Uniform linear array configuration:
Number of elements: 8
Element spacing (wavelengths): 0.25
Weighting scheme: cosine
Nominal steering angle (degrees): -30
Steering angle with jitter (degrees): -31.849
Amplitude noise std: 0.05
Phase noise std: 0.05

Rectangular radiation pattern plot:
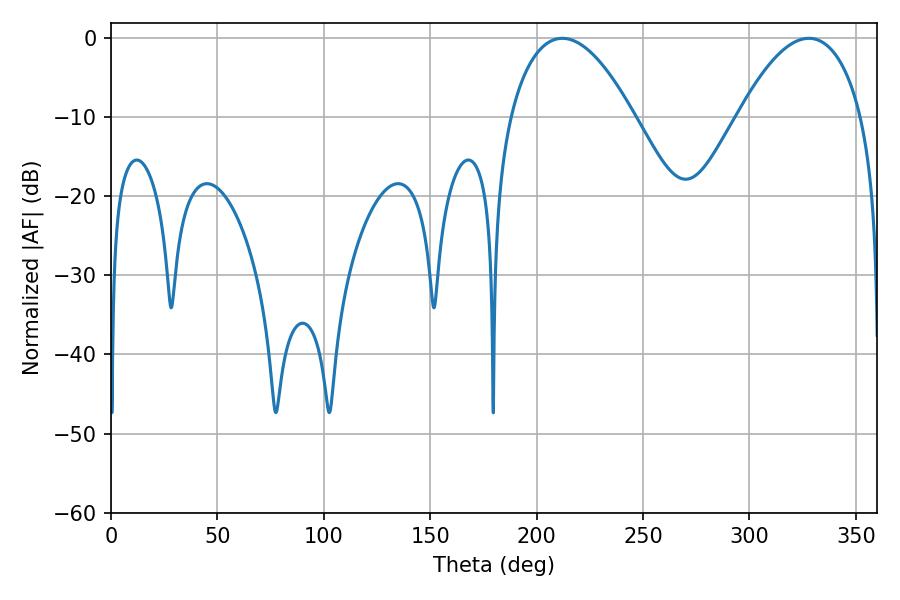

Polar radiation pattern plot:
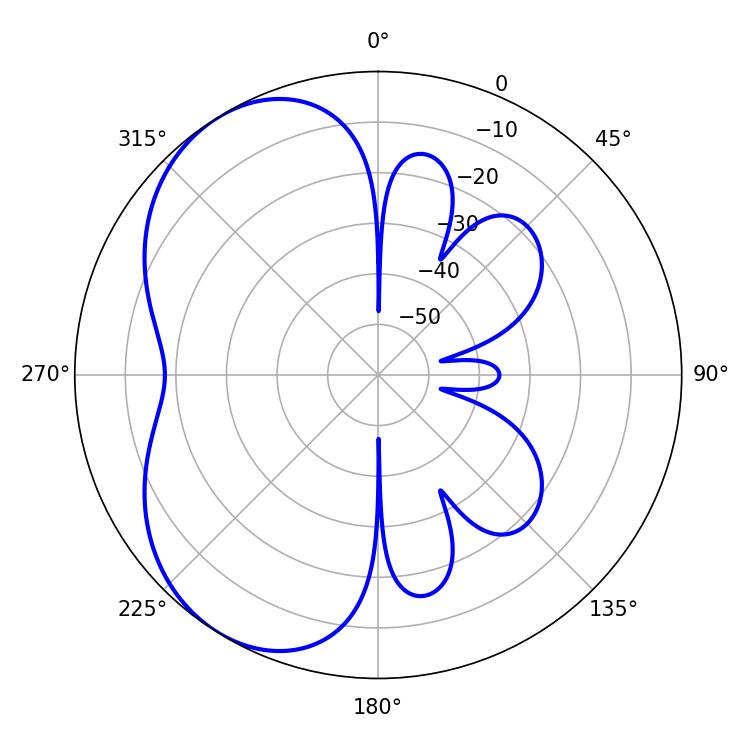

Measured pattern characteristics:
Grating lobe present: FALSE
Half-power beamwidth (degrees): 32.22
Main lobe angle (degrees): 212.04